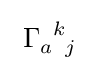
\ \Gamma _{a\;\;j}^{\;\;k}\